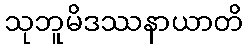
သုဘူမိဒဿနာယာတိ